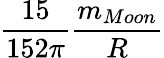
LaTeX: \frac{15}{152\pi}\frac{m_{Moon}}{R}